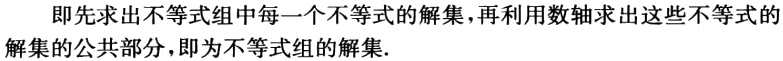
即先求出不等式组中每一个不等式的解集，再利用数轴求出这些不等式的解集的公共部分，即为不等式组的解集.